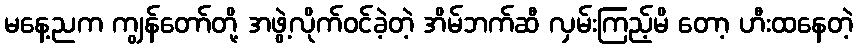
မနေ့ညက ကျွန်တော်တို့ အဖွဲ့လိုက်ဝင်ခဲ့တဲ့ အိမ်ဘက်ဆီ လှမ်းကြည့်မိ တော့ ဟီးထနေတဲ့